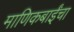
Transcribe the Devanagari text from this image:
माणिकबाईंचा